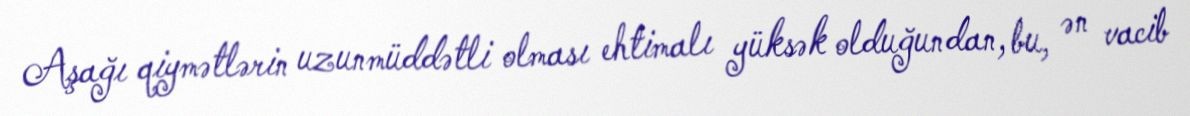
Aşağı qiymətlərin uzunmüddətli olması ehtimalı yüksək olduğundan, bu, ən vacib